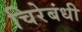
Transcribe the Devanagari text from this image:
चिरेबंधी